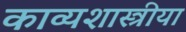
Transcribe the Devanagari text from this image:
काव्यशास्त्रीया